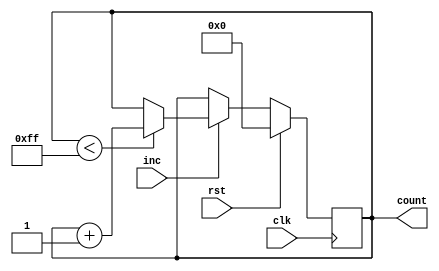
module IncrementalCounter #(
    parameter INITIAL_VALUE = 0,  // Initial value of the counter
    parameter MAX_VALUE = 255,     // Maximum value of the counter
    parameter WIDTH = 8             // Bit-width of the counter
)(
    input wire clk,                // Clock signal
    input wire rst,                // Reset signal (active-high)
    input wire inc,                // Increment trigger
    output reg [WIDTH-1:0] count   // Current count value
);

    // Always block for synchronous operation
    always @(posedge clk) begin
        if (rst) begin
            // Reset the count to the initial value
            count <= INITIAL_VALUE;
        end else if (inc) begin
            // Increment the count, handling overflow
            if (count < MAX_VALUE) begin
                count <= count + 1;
            end
            // Optionally, if wrap-around is desired:
            // else begin
            //     count <= INITIAL_VALUE; // Uncomment for wrap-around
            // end
        end
    end

endmodule